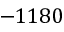
- 1 1 8 0